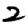
Digit: 2